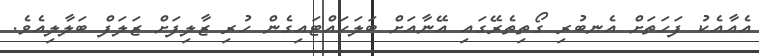
އެއާއެކު ފަހަތަށް އެނބުރި ގޯތިތެރޭގައި އޭނާއަށް ބަލަހައްޓައިގެން ހުރި ޒާލިފަށް ޒަލަފް ބަލާލިއެވެ.